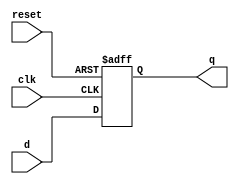
`timescale 1ns / 1ps
//////////////////////////////////////////////////////////////////////////////////
// Company: 
// Engineer: 
// 
// Design Name: 
// Module Name:    register 
// Project Name: 
// Target Devices: 
// Tool versions: 
// Description: 
//
// Dependencies: 
//
// Revision: 
// Revision 0.01 - File Created
// Additional Comments: 
//
//////////////////////////////////////////////////////////////////////////////////
module D_FF (q, d, reset, clk);
output reg q;
input d, reset, clk;
//reg q; // Indicate that q is stateholding
 
always @(posedge clk or posedge reset)
	begin
//	q <= 0;
		if (reset)
			begin
				q <= 0; // On reset, set to 0
			end
		else
			begin
				q <= d; // Otherwise out = d 
			end
	end
endmodule
// 1 bit register 
module RegBit(BitOut, BitData, WriteEn,reset, clk);
output BitOut; // 1 bit of register
input BitData, WriteEn; 
input reset,clk;
wire d,f1, f2; // input of D Flip-Flop
wire reset;
//assign reset=0;
and U1(f1, BitOut, (~WriteEn));
and U2(f2, BitData, WriteEn);
or  U3(d, f1, f2);
D_FF DFF0(BitOut, d, reset, clk);
endmodule

//32 bit register 
module register(RegOut,RegIn,WriteEn,reset,clk); 
output [31:0] RegOut;
input [31:0] RegIn;
input WriteEn,reset, clk;
RegBit bit31(RegOut[31],RegIn[31],WriteEn,reset,clk);
RegBit bit30(RegOut[30],RegIn[30],WriteEn,reset,clk);
RegBit bit29(RegOut[29],RegIn[29],WriteEn,reset,clk); 
RegBit bit28(RegOut[28],RegIn[28],WriteEn,reset,clk); 
RegBit bit27(RegOut[27],RegIn[27],WriteEn,reset,clk); 
RegBit bit26(RegOut[26],RegIn[26],WriteEn,reset,clk); 
RegBit bit25(RegOut[25],RegIn[25],WriteEn,reset,clk); 
RegBit bit24(RegOut[24],RegIn[24],WriteEn,reset,clk); 
RegBit bit23(RegOut[23],RegIn[23],WriteEn,reset,clk); 
RegBit bit22(RegOut[22],RegIn[22],WriteEn,reset,clk); 
RegBit bit21(RegOut[21],RegIn[21],WriteEn,reset,clk); 
RegBit bit20(RegOut[20],RegIn[20],WriteEn,reset,clk); 
RegBit bit19(RegOut[19],RegIn[19],WriteEn,reset,clk); 
RegBit bit18(RegOut[18],RegIn[18],WriteEn,reset,clk); 
RegBit bit17(RegOut[17],RegIn[17],WriteEn,reset,clk); 
RegBit bit16(RegOut[16],RegIn[16],WriteEn,reset,clk); 
RegBit bit15(RegOut[15],RegIn[15],WriteEn,reset,clk); 
RegBit bit14(RegOut[14],RegIn[14],WriteEn,reset,clk); 
RegBit bit13(RegOut[13],RegIn[13],WriteEn,reset,clk); 
RegBit bit12(RegOut[12],RegIn[12],WriteEn,reset,clk); 
RegBit bit11(RegOut[11],RegIn[11],WriteEn,reset,clk); 
RegBit bit10(RegOut[10],RegIn[10],WriteEn,reset,clk); 
RegBit bit9 (RegOut[9], RegIn[9], WriteEn,reset,clk); 
RegBit bit8 (RegOut[8], RegIn[8], WriteEn,reset,clk); 
RegBit bit7 (RegOut[7], RegIn[7], WriteEn,reset,clk); 
RegBit bit6 (RegOut[6], RegIn[6], WriteEn,reset,clk); 
RegBit bit5 (RegOut[5], RegIn[5], WriteEn,reset,clk); 
RegBit bit4 (RegOut[4], RegIn[4], WriteEn,reset,clk); 
RegBit bit3 (RegOut[3], RegIn[3], WriteEn,reset,clk); 
RegBit bit2 (RegOut[2], RegIn[2], WriteEn,reset,clk); 
RegBit bit1 (RegOut[1], RegIn[1], WriteEn,reset,clk); 
RegBit bit0 (RegOut[0], RegIn[0], WriteEn,reset,clk); 

endmodule